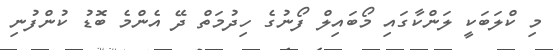
މި ކްލަބަކީ ލަންކާގައި މޯބައިލް ފޯނުގެ ހިދުމަތް ދޭ އެންމެ ބޮޑު ކުންފުނި